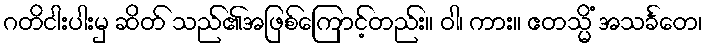
ဂတိငါးပါးမှ ဆိတ် သည်၏အဖြစ်ကြောင့်တည်း။ ဝါ၊ ကား။ ဧတသ္မိံ အသင်္ခတေ၊